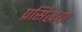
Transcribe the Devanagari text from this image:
प्रसिद्धया